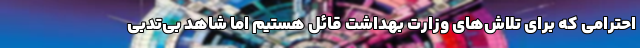
احترامی که برای تلاش‌های وزارت بهداشت قائل هستیم اما شاهد بی‌تدبی